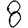
Digit: 8